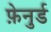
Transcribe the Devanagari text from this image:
फ़ेनुर्ड